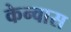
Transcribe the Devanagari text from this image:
केन्वास